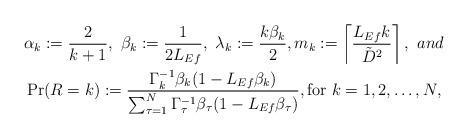
LaTeX: \begin{align*} &\alpha_k:=\frac{2}{k+1},\ \beta_k:=\frac{1}{2L_{Ef}},\ \lambda_k:=\frac{k\beta_k}{2}, m_k:=\left\lceil \frac{L_{Ef}k}{\tilde{D}^2}\right\rceil,\ and \\ &\Pr(R=k):=\frac{\Gamma_k^{-1}\beta_k(1-L_{Ef}\beta_k)}{\sum_{{\tau}=1}^N \Gamma_{\tau}^{-1} \beta_{\tau} (1-L_{Ef}\beta_{\tau})}, \mathrm{for} \ k=1,2,\dots,N, \end{align*}